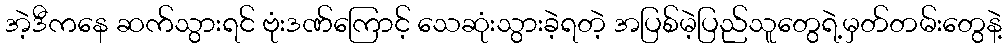
အဲ့ဒီကနေ ဆက်သွားရင် ဗုံးဒဏ်ကြောင့် သေဆုံးသွားခဲ့ရတဲ့ အပြစ်မဲ့ပြည်သူတွေရဲ့မှတ်တမ်းတွေနဲ့